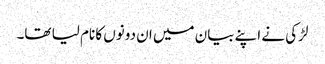
لڑکی نے اپنے بیان میں ان دونوں کا نام لیا تھا۔